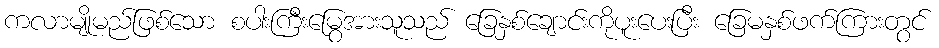
ကလာမျိုမည်ဖြစ်သော စပါးကြီးမြွေအားသူသည် ခြေနှစ်ချောင်းကိုပူးပေးပြီး ခြေမနှစ်ဖက်ကြားတွင်